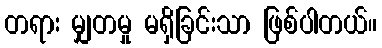
တရား မျှတမှု မရှိခြင်းသာ ဖြစ်ပါတယ်။